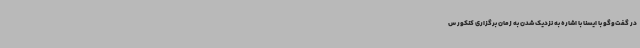
در گفت‌وگو با ایسنا با اشاره به نزدیک شدن به زمان برگزاری کنکور س